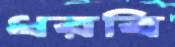
ধরবি